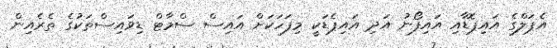
އެޕަލްގެ އައިޕޮޑާއި އައިފޯނު އަދި އައިޕެޑަކީ މިފަހަކަށް އައިސް ސްމާޓް ޑިވައިސްތަކުގެ ތެރެއިން